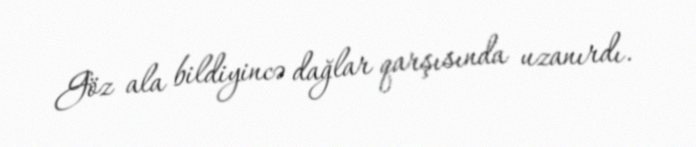
Göz ala bildiyincə dağlar qarşısında uzanırdı.